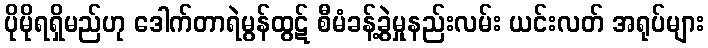
ပိုမိုရရှိမည်ဟု ဒေါက်တာရဲမွန်ထွဋ် စီမံခန့်ခွဲမှုနည်းလမ်း ယင်းလတ် အရုပ်များ